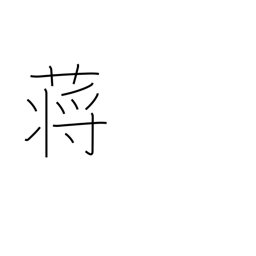
Meaning: reed